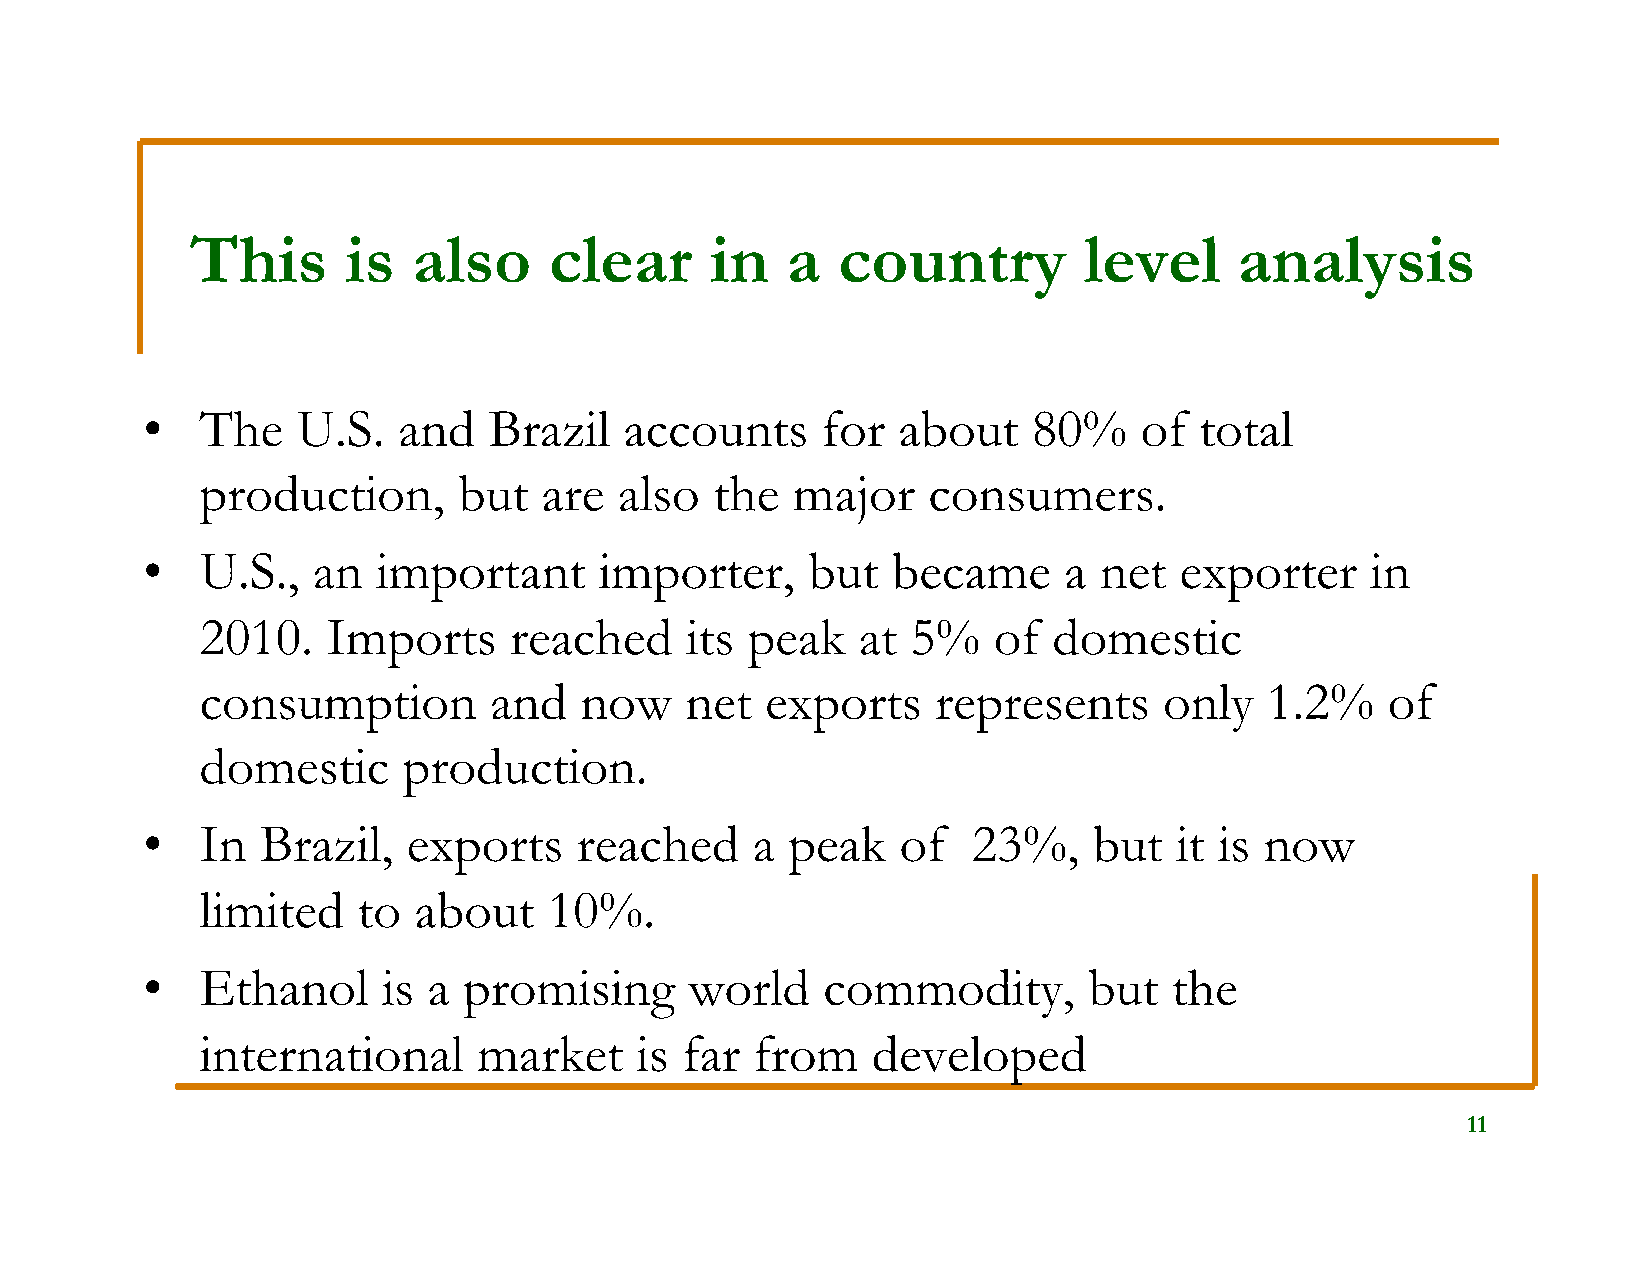
This      is  also     clear      in   a  country          level     analysis
 •   The    U.S.  and   Brazil   accounts     for  about    80%    of  total
 production,      but   are  also  the  major    consumers.
 •   U.S.,   an  important      importer,    but   became     a  net  exporter     in
 2010.    Imports     reached    its peak    at 5%    of  domestic
 consumption        and   now    net   exports    represents     only   1.2%    of
 domestic      production.
 •   In  Brazil,   exports    reached     a peak    of  23%,    but   it is now
 limited    to about    10%.
 •   Ethanol     is a  promising      world   commodity,        but   the
 international      market    is far  from    developed
 11